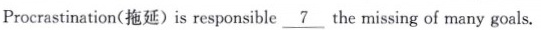
Procrastination(拖延) is responsible \underline{7} the missing of many goals.